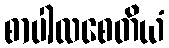
စာပါလစေတိယံ